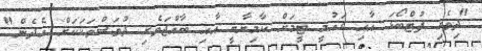
"ދިވެހި ފުޓްބޯޅަ އާއި ގައުމީ ޓީމަށް ކާމިޔާބީ އާއި ބާއްޖަވެރި ދުވަސްތަކަކަށް އެދެން"